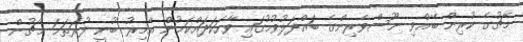
މެޗުގެ ކުރިން ބޭއްވި ނޫސްވެރިންގެ ބައްދަލުވުމުގައި ވާހަކަދައްކަމުން އާމިރު ބުނީ ފުރަތަމަ މެޗުން